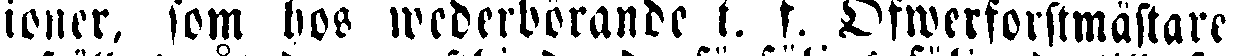
ioner, som hos wederbörande t. f. Öfwerforstmästare